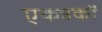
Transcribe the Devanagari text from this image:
एकत्रकों